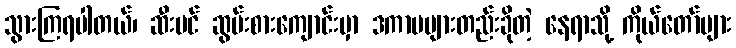
သွားကြရပါတယ်၊ ဆီးပင် ဆွမ်းစားကျောင်းမှာ ဒကာမများတည်းခိုတဲ့ နေရာသို့ ကိုယ်တော်များ